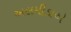
અલમીડાએ